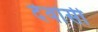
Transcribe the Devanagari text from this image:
देवांसी